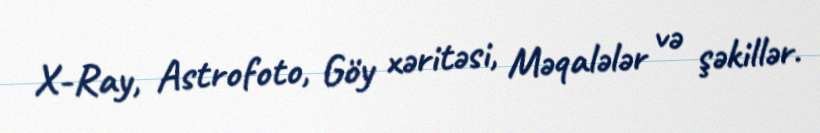
X-Ray, Astrofoto, Göy xəritəsi, Məqalələr və şəkillər.